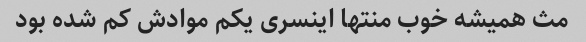
مث همیشه خوب منتها اینسری یکم موادش کم شده بود